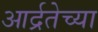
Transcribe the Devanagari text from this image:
आर्द्रतेच्या